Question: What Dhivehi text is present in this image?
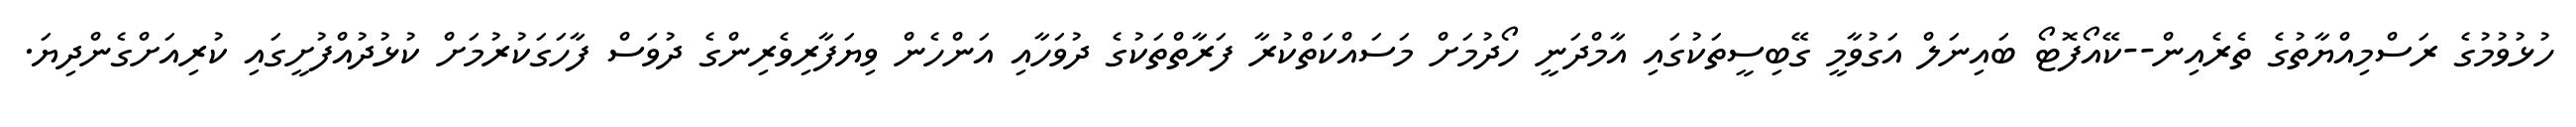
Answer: ހުޅުވުމުގެ ރަސްމިއްޔާތުގެ ތެރެއިން--ކޭއޯފޮޓޯ ބައިނަލް އަގުވާމީ ގޭބިސީތަކުގައި އާމްދަނީ ހޯދުމަށް މަސައްކަތްކުރާ ފަރާތްތަކުގެ ދުވަހާއި އަންހެން ވިޔަފާރިވެރިންގެ ދުވަސް ފާހަގަކުރުމަށް ކުޅުދުއްފުށީގައި ކުރިއަށްގެންދިޔަ.